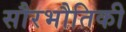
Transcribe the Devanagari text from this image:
सौरभौतिकी